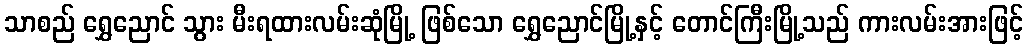
သာစည် ရွှေညောင် သွား မီးရထားလမ်းဆုံမြို့ ဖြစ်သော ရွှေညောင်မြို့နှင့် တောင်ကြီးမြို့သည် ကားလမ်းအားဖြင့်